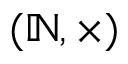
( \mathbb { N } , \times )